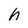
Character: h